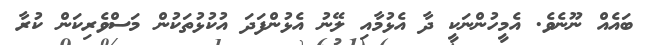
ބައެއް ނޫނެވެ. އެމީހުންނަކީ ދާ އެޅުމާއި ލޭނު އެޅުންފަދަ އުކުޅުތަކުން މަސްވެރިކަން ކުރާ